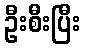
ဦးစီးပြီး